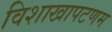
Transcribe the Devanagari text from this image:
विशाखापटणम